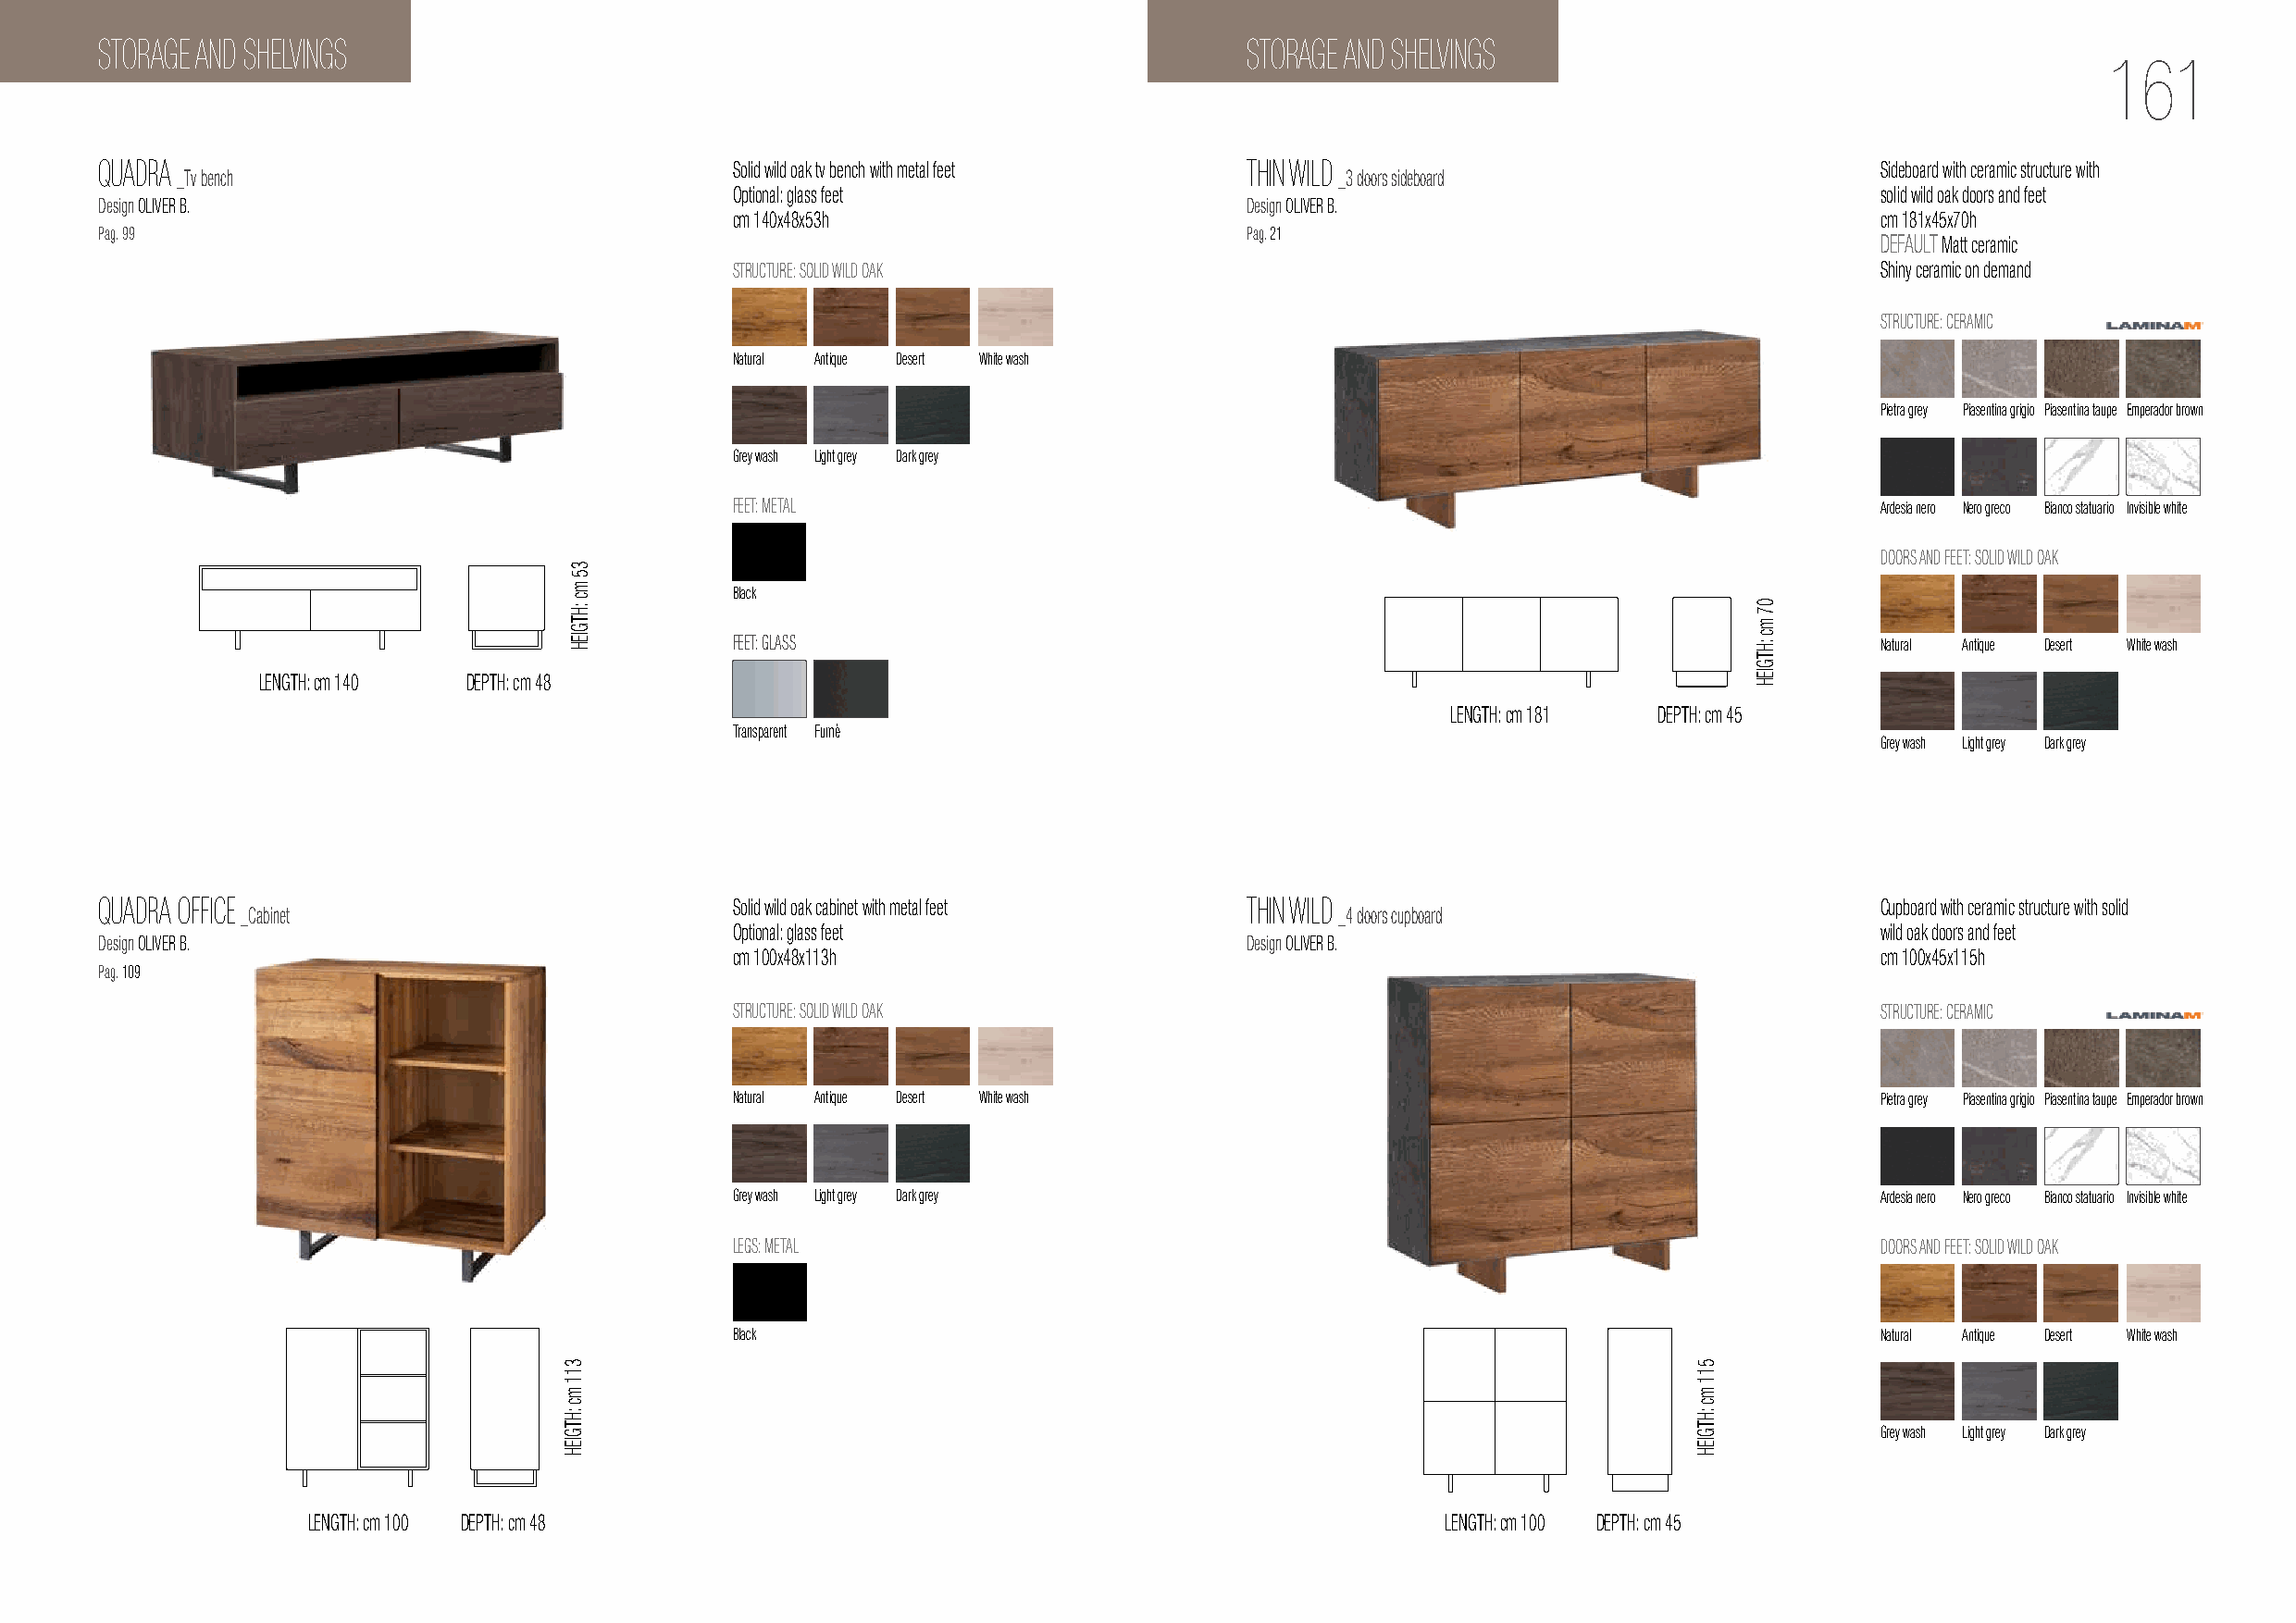
STORAGE AND SHELVINGS                                                             STORAGE AND SHELVINGS
 161
 QUADRA                                       Solid wild oak tv bench with metal feet THIN WILD                                 Sideboard with ceramic structure with
 _Tv bench                                                                          _3 doors sideboard
 Optional: glass feet                                                              solid wild oak doors and feet
 Design OLIVER B.                                                                  Design OLIVER B.
 cm 140x48x53h                                                                     cm 181x45x70h
 Pag. 99                                                                           Pag. 21
 DEFAULT Matt ceramic
 STRUCTURE: SOLID WILD OAK                                                         Shiny ceramic on demand
 STRUCTURE: CERAMIC
 Natural Antique Desert White wash
 Pietra grey Piasentina grigio Piasentina taupe Emperador brown
 Grey wash Light grey Dark grey
 FEET: METAL                                                                       Ardesia nero Nero greco Bianco statuario Invisible white
 DOORS AND FEET: SOLID WILD OAK
 Black
 FEET: GLASS                                                                       Natural Antique Desert White wash
 LENGTH: cm 140 DEPTH: cm 48
 LENGTH: cm 181 DEPTH: cm 45
 Transparent Fumè
 Grey wash Light grey Dark grey
 QUADRA OFFICE                                Solid wild oak cabinet with metal feet THIN WILD                                  Cupboard with ceramic structure with solid
 _Cabinet                                                                       _4 doors cupboard
 Optional: glass feet                                                              wild oak doors and feet
 Design OLIVER B.                                                                  Design OLIVER B.
 cm 100x48x113h                                                                    cm 100x45x115h
 Pag. 109
 STRUCTURE: SOLID WILD OAK                                                         STRUCTURE: CERAMIC
 Natural Antique Desert White wash                                                 Pietra grey Piasentina grigio Piasentina taupe Emperador brown
 Grey wash Light grey Dark grey                                                    Ardesia nero Nero greco Bianco statuario Invisible white
 LEGS: METAL                                                                        DOORS AND FEET: SOLID WILD OAK
 Black                                                                             Natural Antique Desert White wash
 Grey wash Light grey Dark grey
 LENGTH: cm 100 DEPTH: cm 48                                                      LENGTH: cm 100 DEPTH: cm 45
 311
 mc
 :HTGIEH
 35
 mc
 :HTGIEH
 511
 mc
 :HTGIEH
 07
 mc
 :HTGIEH